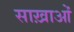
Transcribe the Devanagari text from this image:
साख़ाओं